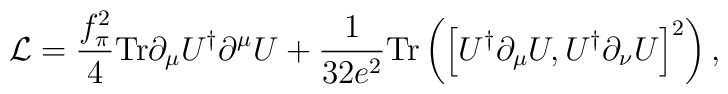
{\cal L} = \frac{f_\pi^2}{4} {\rm Tr} \partial_{\mu}U^{\dagger}\partial^{\mu}U + \frac{1}{32 e^2} {\rm Tr}\left(\left[ U^{\dagger}\partial_{\mu}U, U^{\dagger}\partial_{\nu}U \right]^2 \right) ,